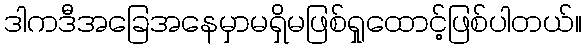
ဒါကဒီအခြေအနေမှာမရှိမဖြစ်ရှုထောင့်ဖြစ်ပါတယ်။